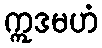
ဣဒမဟံ